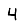
Digit: 4